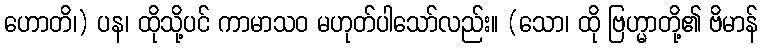
ဟောတိ၊) ပန၊ ထိုသို့ပင် ကာမာသဝ မဟုတ်ပါသော်လည်း။ (သော၊ ထို ဗြဟ္မာတို့၏ ဗိမာန်